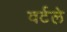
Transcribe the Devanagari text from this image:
वर्टले